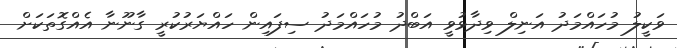
ވަކީލު މުހައްމަދު އަނިލް ވިދާޅުވީ އަބްދު މުހައްމަދު ސިފައިން ހައްޔަރުކުރީ ގާނޫނާ އެއްގޮތަކަށް